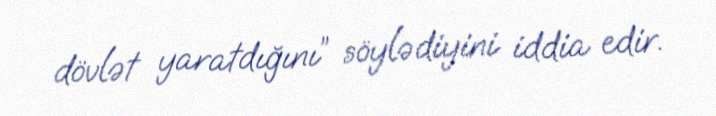
dövlət yaratdığını” söylədiyini iddia edir.